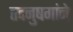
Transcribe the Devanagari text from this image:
तदनुषगांने